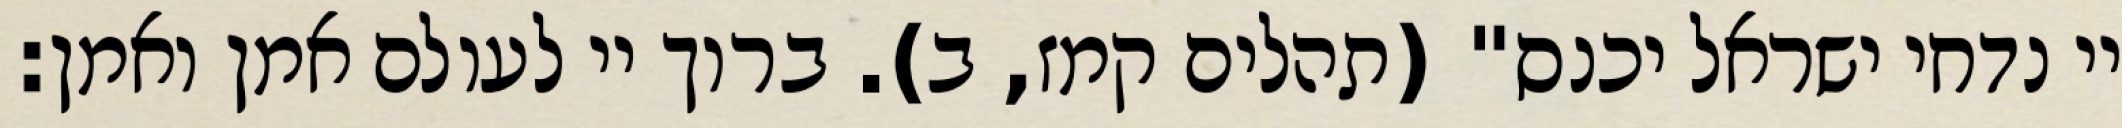
יי נדחי ישראל יכנס" (תהלים קמז, ב). ברוך יי לעולם אמן ואמן: